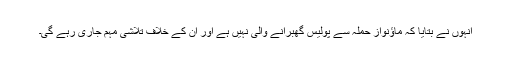
انہوں نے بتایا کہ ماؤنواز حملہ سے پولیس گھبرانے والی نہیں ہے اور ان کے خلاف تلاشی مہم جاری رہے گی۔